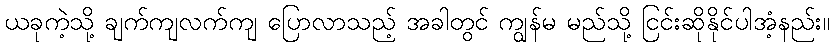
ယခုကဲ့သို့ ချက်ကျလက်ကျ ပြောလာသည့် အခါတွင် ကျွန်မ မည်သို့ ငြင်းဆိုနိုင်ပါအံ့နည်း။